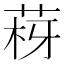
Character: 𦰳